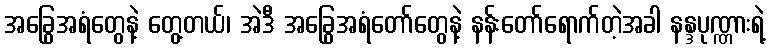
အခြွေအရံတွေနဲ့ တွေ့တယ်၊ အဲဒီ အခြွေအရံတော်တွေနဲ့ နန်းတော်ရောက်တဲ့အခါ နန္ဒပုဏ္ဏားရဲ့